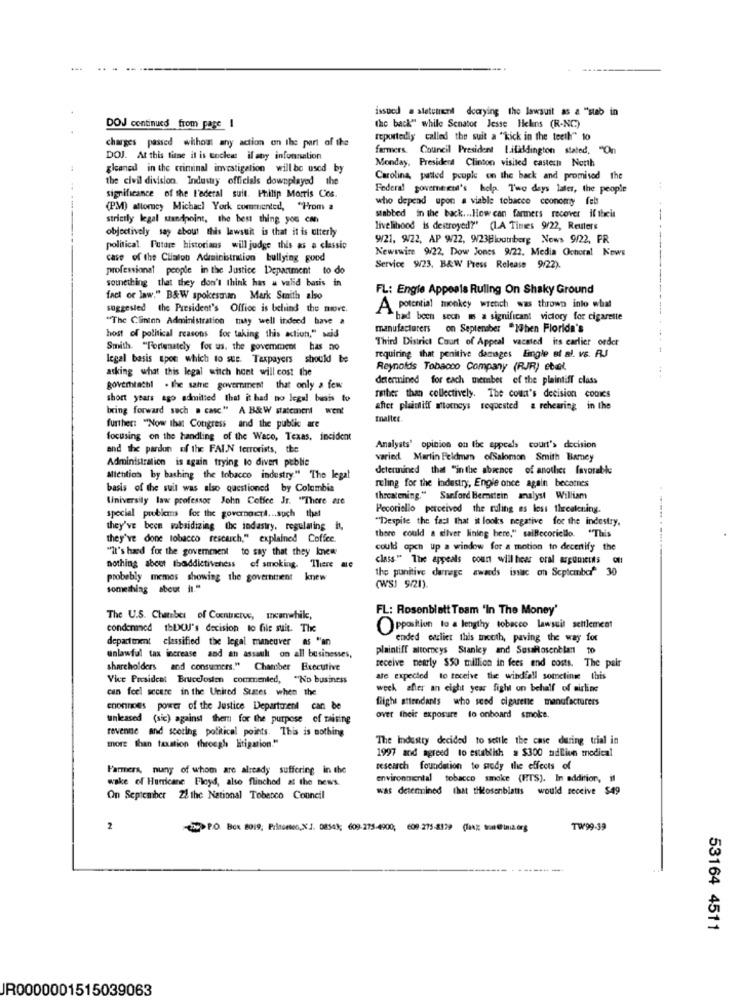
issued a statement decrying the lawsuit as a "stab in
DOJ continues from page I
the back" while Senator Jesse lichns (R-NC)
charges passed without any action on the part of the
reportedly called the suit a "kick in the teeth" to
farmers. Council President Lilidington stated, "
DOJ. At this time it is toclear if any information
Monday, President Clinton visited castech North
gleaned in the criminal investigation will be used by
the civil division. Industry officials downplayed the
Carolina, patted people on the back and promised the
Federal government's help. Two days later, the people
significance of the l'adetal suit. Philip Morris Cos.
who depend upon a viable tobacco ceonomy felt
(PM) altomey Michacl York commented, "Hrom a
strictly legal standpoint, the best thing you can
stabbed in the back ... How can farmers recover if theis
objectively say about this lawsuit is that it is utterly
livelihood is destroyed?" (L.A Times 9/22, Reuters
9/21, 9/22, AP 9/22, 9/23Bloomberg News 9/22, PR
political. Future historians will judge this as a classic
Newswire 9/22, Dow Jones 9/22. Media Ochoral News
case of the Clinton Administration bullying good
professional people in the Justice Department to do
Service 9/23, B&W Press Release 9/22).
something that they don't think has a valid basis in
FL: Engie Appeals Ruling On Shaky Ground
fact or law." B&W spokesman Mark Smith also
suggested the President's Office is behind the move.
A potential monkey wrench was thrown into what
"The Clinton Administration tity well indeed have a
had been seen ms a significant victory for cigarette
manufacturers on September "When Florida's
host of political reasons for taking this action," said
Third District Court of Appeal vacated its carlier ordet
Smith. "Fortunately for us. the goverment has no
requiring that penitive damages Eingle et al. vs. RJ
legal basis upon which to sue. Taxpayers should be
asking what this legal witch hunt will cost the
Reynolds Tobacco Company (RJR) etal.
determined for each member of the plaintiff class
govertachil . the same government that only a few
short years ago admitted that it had no legal basis to
fiber than collectively. The coun's decision comics
bring forward such a casc." A B&W statement went
after plaintiff mocneys requested a rehearing in the
mallet
further: "Now that Congress and the public are
focusing on the handling of the Ware, Texas, incident
and the pardon of the FAIN terrorists, the
Analysts' opinion on the appeals court'> decision
Administration is again trying to divert publie
varied. Martin Feldman ofSalomon Smith Bamey
determined that "inthe absence of another favorable
allentios by bashing the tobacco industry." The legal
ruling for the Industry, Engle once again becotnes
basis of the suit was also questioned by Colombia
Universily law professor John Coffee Jr. "There are
threatening." Sanford Bernstein analyst William
Pecoriello perceived the ruling es lest thecakening.
special problems for the governori ... such that
"Despite the fact that it looks negative for the indestry,
they've been subsidizing the industry, regulating #,
they've done tobacco research," explained Coffee.
there could a silver lining here," salffecoriello. "This
"It's hard for the government to say that they knew
could apch up a window for a motion to decertify the
class" The appeals court will hear oral arguments of
nothing about tbaddictivehess
of smoking. There aIC
the punitive darnege awards issac on September 30
probably memes showing the government knew
something about h1."
(WSJ 9/21).
FL: Rosenblatt Toam 'In The Money'
The U.S. Chamber of Countries, meanwhile,
condenaned thLUJ's decision to file suit. The
Opposition to a lengthy tobacco lawsuit settlement
department classified the legal maneuver as "an
ended earlier this inetth, paving the way for
plaintiff aitorneys Stanley and SeuHosenblan to
unlawful tax increase and an assault on all businesses,
receive nearly $50 million in fees and costs. The pair
shareholders and consumers." Chamber Executive
Vice Presidcat BruceJosten commented, "No business
ate expected to tecelve the windfall sometime this
can feel secere in the United States when the
week after an eight year fight on behalf of airline
flight attendants who seed cigarene manufacturers
coonnoes power of the Justice Department can be
unleased (sic) against them for the purpose of raising
over their exposure to onboard smoke.
revenue and scoring political points. This is nothing
The Industry decided to settle the case during trial in
more than taxation through litigation."
1997 and agreed to establish a $300 adliun medical
Farmers, nuny of whom are already suffering in the
research foundation to sody the effects of
wake of Hurricane Floyd, also flinched at the news.
environmental tobacco smoke (HTS). In addition, il
was determined that tiilosenblatts would receive $49
On September Z! the National Tobenco Council
2
> P.O. BOX 2019; Pilnoesen,X 1. 08543; 609-275-4900; 600 275-8129 (lang: son@ini.org
TW99.39
53164 4511
JR0000001515039063